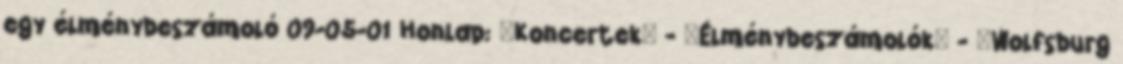
egy élménybeszámoló 09-05-01 Honlap: 'Koncertek' - 'Élménybeszámolók' - 'Wolfsburg